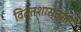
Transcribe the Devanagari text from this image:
वित्तशास्त्रात